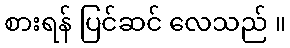
စားရန် ပြင်ဆင် လေသည် ။